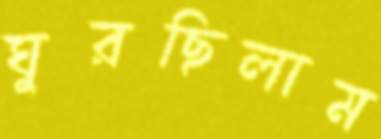
ঘুরছিলাম